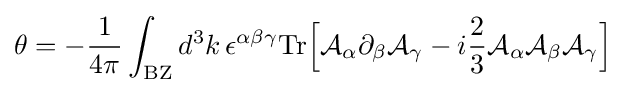
\theta =-{\frac {1}{4\pi }}\int _{\rm {BZ}}d^{3}k\,\epsilon ^{\alpha \beta \gamma }{\text{Tr}}{\Big [}{\mathcal {A}}_{\alpha }\partial _{\beta }{\mathcal {A}}_{\gamma }-i{\frac {2}{3}}{\mathcal {A}}_{\alpha }{\mathcal {A}}_{\beta }{\mathcal {A}}_{\gamma }{\Big ]}